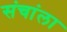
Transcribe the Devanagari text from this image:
संचांला